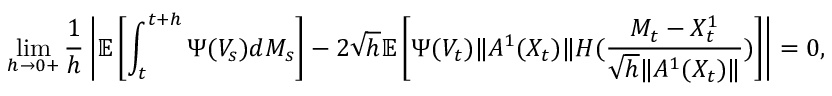
\operatorname* { l i m } _ { h \to 0 + } \frac { 1 } { h } \left| \mathbb { E } \left[ \int _ { t } ^ { t + h } \Psi ( V _ { s } ) d M _ { s } \right] - { 2 } \sqrt h \mathbb { E } \left[ \Psi ( { V _ { t } } ) { \| A ^ { 1 } ( { X _ { t } } ) \| } { \cal H } ( \frac { M _ { t } - X _ { t } ^ { 1 } } { \sqrt h \| A ^ { 1 } ( { X _ { t } } ) \| } ) \right] \right| = 0 ,